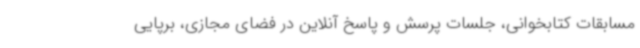
مسابقات کتابخوانی، جلسات پرسش و پاسخ آنلاین در فضای مجازی، برپایی